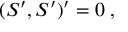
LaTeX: ( { \cal S } ^ { \prime } , { \cal S } ^ { \prime } ) ^ { \prime } = 0 \; ,